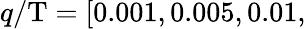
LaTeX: q/\mathrm{T}=[0.001,0.005,0.01,